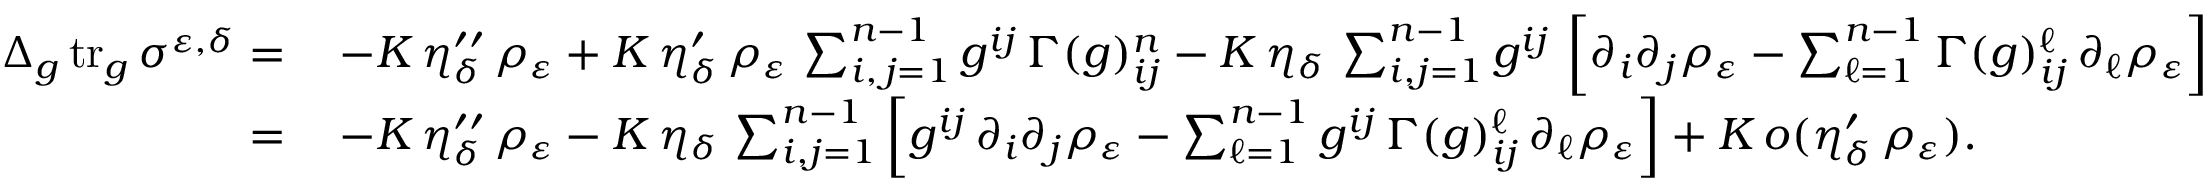
\begin{array} { r l } { \Delta _ { g } \operatorname { t r } _ { g } \sigma ^ { \varepsilon , \delta } = \, } & { - K \, \eta _ { \delta } ^ { \prime \prime } \, \rho _ { \varepsilon } + K \, \eta _ { \delta } ^ { \prime } \, \rho _ { \varepsilon } \, \sum _ { i , \, j = 1 } ^ { n - 1 } g ^ { i j } \, \Gamma ( g ) _ { i j } ^ { n } - K \, \eta _ { \delta } \, \sum _ { i , j = 1 } ^ { n - 1 } g ^ { i j } \, \left[ \partial _ { i } \partial _ { j } \rho _ { \varepsilon } - \sum _ { \ell = 1 } ^ { n - 1 } \Gamma ( g ) _ { i j } ^ { \ell } \, \partial _ { \ell } \rho _ { \varepsilon } \right] } \\ { = \, } & { - K \, \eta _ { \delta } ^ { \prime \prime } \, \rho _ { \varepsilon } - K \, \eta _ { \delta } \, \sum _ { i , j = 1 } ^ { n - 1 } \left[ g ^ { i j } \, \partial _ { i } \partial _ { j } \rho _ { \varepsilon } - \sum _ { \ell = 1 } ^ { n - 1 } g ^ { i j } \, \Gamma ( g ) _ { i j } ^ { \ell } \, \partial _ { \ell } \rho _ { \varepsilon } \right] + K \, o ( \eta _ { \delta } ^ { \prime } \, \rho _ { \varepsilon } ) . } \end{array}